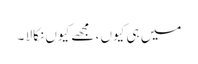
میں ہی کیوں ، مجھے کیوں نکالا ۔